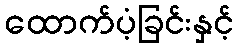
ထောက်ပံ့ခြင်းနှင့်